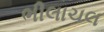
ભીલાચલ